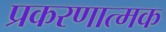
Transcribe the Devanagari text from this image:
प्रकरणात्मक